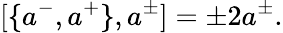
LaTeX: [\{ a^{-},a^{+}\} ,a^{\pm}]=\pm 2a^{\pm}.